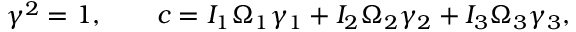
\begin{array} { r } { { \boldsymbol \gamma } ^ { 2 } = 1 , \qquad c = I _ { 1 } \Omega _ { 1 } \gamma _ { 1 } + I _ { 2 } \Omega _ { 2 } \gamma _ { 2 } + I _ { 3 } \Omega _ { 3 } \gamma _ { 3 } , } \end{array}